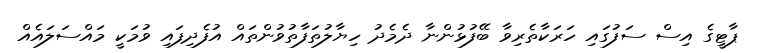
ޕާޓީގެ އިސް ސަފުގައި ހަރަކާތެރިވާ ބޭފުޅުންނާ ދެމެދު ހިޔާލުތަފާތުވުންތައް އުފެދިފައި ވުމަކީ މައްސަލައެއް